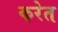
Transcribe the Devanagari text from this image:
करेत